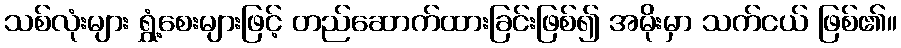
သစ်လုံးများ ရွှံ့စေးများဖြင့် တည်ဆောက်ထားခြင်းဖြစ်၍ အမိုးမှာ သက်ငယ် ဖြစ်၏။